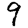
Digit: 9